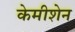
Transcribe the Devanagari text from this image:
केमीशेन